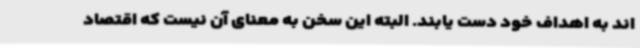
اند به اهداف خود دست یابند. البته این سخن به معنای آن نیست که اقتصاد